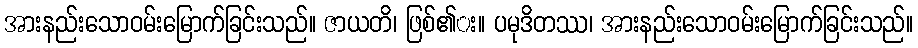
အားနည်းသောဝမ်းမြောက်ခြင်းသည်။ ဇာယတိ၊ ဖြစ်၏း။ ပမုဒိတဿ၊ အားနည်းသောဝမ်းမြောက်ခြင်းသည်။